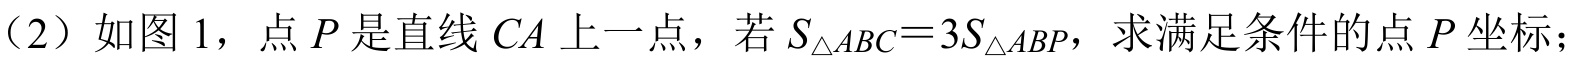
（2）如图1，点\(P\)是直线\(CA\)上一点，若\(S_{\triangle ABC}=3S_{\triangle ABP}\)，求满足条件的点\(P\)坐标；